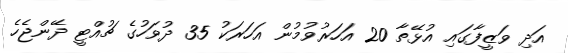
އަދި ވަޒީފާގައި އުޅޭތާ 20 އަހަރުވުމުން އަހަރަކު 35 ދުވަހުގެ ޗުއްޓީ ދޭންޖެހެ